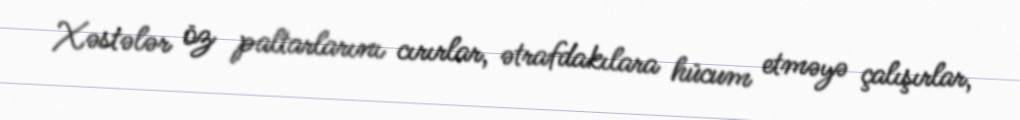
Xəstələr öz paltarlarını cırırlar, ətrafdakılara hücum etməyə çalışırlar,